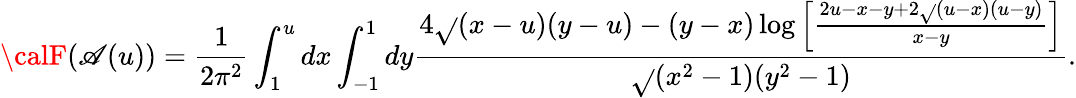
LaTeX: {\calF}(\mathscr{A}(u))={\frac{{1}}{{2\pi^{2}}}}\int_{1}^{u}dx\int_{-1}^{1}dy{\frac{{4\sqrt{}{{(x-u)(y-u)}}-(y-x)\log\left[{\frac{{2u-x-y+2\sqrt{}{{(u-x)(u-y)}}}}{{x-y}}}\right]}}{{\sqrt{}{{(x^{2}-1)(y^{2}-1)}}}}}.